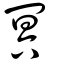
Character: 冥